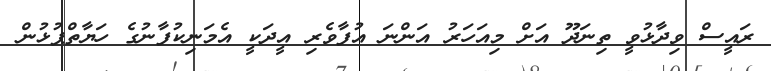
ރައީސް ވިދާޅުވީ ތިނަދޫ އަށް މިއަހަރު އަންނަ އުފާވެރި އީދަކީ އެމަނިކުފާނުގެ ހަޔާތްޕުޅުން